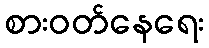
စားဝတ်နေရေး